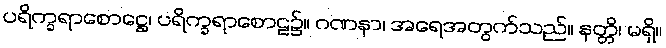
ပရိက္ခရာစောဋ္ဌေ၊ ပရိက္ခရာစောဠ၌။ ဂဏနာ၊ အရေအတွက်သည်။ နတ္တိ၊ မရှိ။